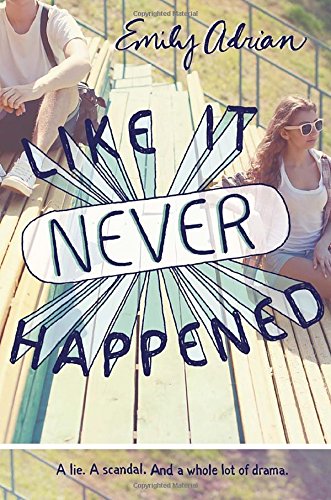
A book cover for Like It Never Happened; Emily Adrian; Teen & Young Adult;